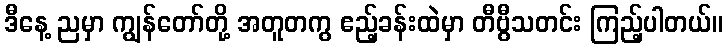
ဒီနေ့ ညမှာ ကျွန်တော်တို့ အတူတကွ ဧည့်ခန်းထဲမှာ တီဗွီသတင်း ကြည့်ပါတယ်။